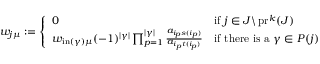
\begin{array} { r } { w _ { j \mu } : = \left\{ \begin{array} { l l } { 0 } & { \mathrm { i f ~ } j \in J \backslash \operatorname { p r } ^ { k } ( J ) } \\ { w _ { \operatorname { i n } ( \gamma ) \mu } ( - 1 ) ^ { | \gamma | } \prod _ { p = 1 } ^ { | \gamma | } \frac { a _ { i _ { p } s ( i _ { p } ) } } { a _ { i _ { p } t ( i _ { p } ) } } } & { \mathrm { i f ~ t h e r e ~ i s ~ a ~ } \gamma \in P ( j ) \ } \end{array} \right. } \end{array}